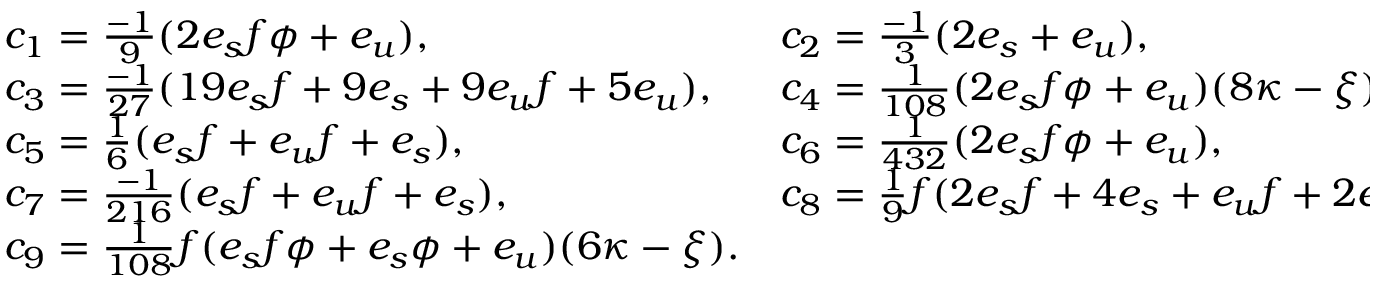
\begin{array} { l l } { { c _ { 1 } = { \frac { - 1 } { 9 } } ( 2 e _ { s } f \phi + e _ { u } ) , } } & { { c _ { 2 } = { \frac { - 1 } { 3 } } ( 2 e _ { s } + e _ { u } ) , } } \\ { { c _ { 3 } = { \frac { - 1 } { 2 7 } } ( 1 9 e _ { s } f + 9 e _ { s } + 9 e _ { u } f + 5 e _ { u } ) , } } & { { c _ { 4 } = { \frac { 1 } { 1 0 8 } } ( 2 e _ { s } f \phi + e _ { u } ) ( 8 \kappa - \xi ) , } } \\ { { c _ { 5 } = { \frac { 1 } { 6 } } ( e _ { s } f + e _ { u } f + e _ { s } ) , } } & { { c _ { 6 } = { \frac { 1 } { 4 3 2 } } ( 2 e _ { s } f \phi + e _ { u } ) , } } \\ { { c _ { 7 } = { \frac { - 1 } { 2 1 6 } } ( e _ { s } f + e _ { u } f + e _ { s } ) , } } & { { c _ { 8 } = { \frac { 1 } { 9 } } f ( 2 e _ { s } f + 4 e _ { s } + e _ { u } f + 2 e _ { u } ) \kappa _ { v } , } } \\ { { c _ { 9 } = { \frac { 1 } { 1 0 8 } } f ( e _ { s } f \phi + e _ { s } \phi + e _ { u } ) ( 6 \kappa - \xi ) . } } \end{array}